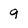
Character: 9